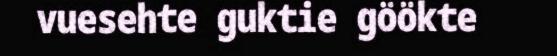
vuesehte guktie göökte